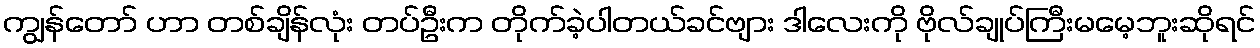
ကျွန်တော် ဟာ တစ်ချိန်လုံး တပ်ဦးက တိုက်ခဲ့ပါတယ်ခင်ဗျား ဒါလေးကို ဗိုလ်ချုပ်ကြီးမမေ့ဘူးဆိုရင်